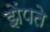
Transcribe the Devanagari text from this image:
झेंपते